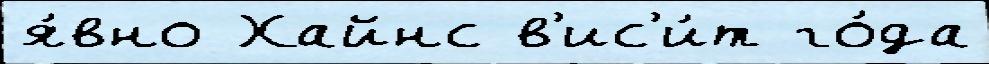
я́вно Хайнс в'ис'и́т го́да